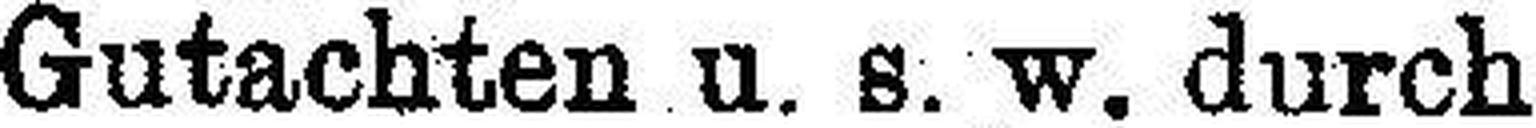
Gutachten u. s. w. durch